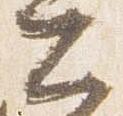
公